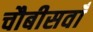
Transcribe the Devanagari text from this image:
चौबीसवाँ